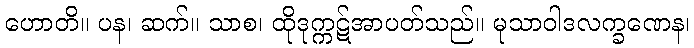
ဟောတိ။ ပန၊ ဆက်။ သာစ၊ ထိုဒုက္ကဋ်အာပတ်သည်။ မုသာဝါဒလက္ခဏေန၊